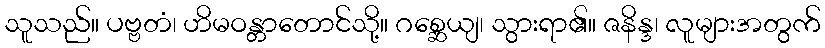
သူသည်။ ပဗ္ဗတံ၊ ဟိမဝန္တာတောင်သို့။ ဂစ္ဆေယျ၊ သွားရာ၏။ ဇနိန္ဒ၊ လူများအတွက်